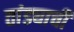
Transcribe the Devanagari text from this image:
तांड्याची